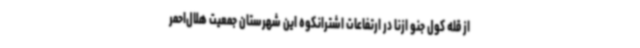
از قله کول جنو ازنا در ارتفاعات اشترانکوه این شهرستان جمعیت هلال‌احمر